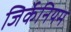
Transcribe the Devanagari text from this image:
जिर्केनियम